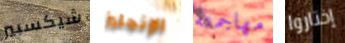
شيكسبير الإنجليز مهاجمته إختاروا